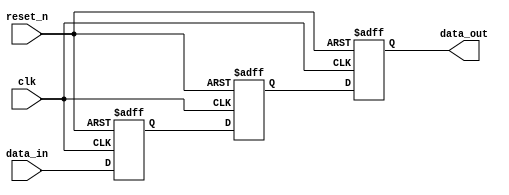
module meta_stability_filter (
    input wire clk,          // Clock signal
    input wire reset_n,      // Asynchronous active-low reset
    input wire data_in,      // Input signal (asynchronous)
    output reg data_out      // Filtered output signal (synchronized to clk)
);

    // Internal registers for double flip-flop synchronizer
    reg data_ff1;
    reg data_ff2;

    // Always block for double flip-flop synchronizer
    always @(posedge clk or negedge reset_n) begin
        if(!reset_n) begin
            // Asynchronous reset
            data_ff1 <= 1'b0;
            data_ff2 <= 1'b0;
            data_out <= 1'b0;
        end else begin
            // First flip-flop samples data_in
            data_ff1 <= data_in;
            // Second flip-flop samples the output of the first flip-flop
            data_ff2 <= data_ff1;
            // Output is the second flip-flop's output
            data_out <= data_ff2;
        end
    end

endmodule